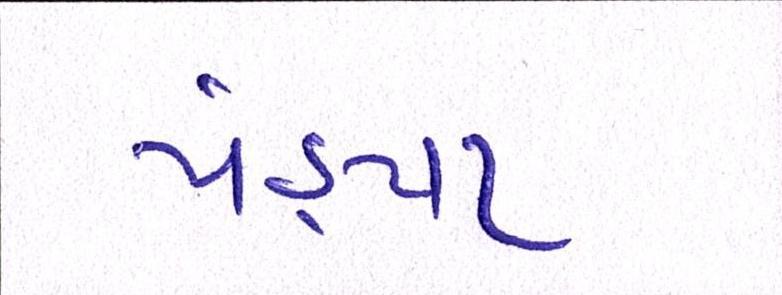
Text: પંડ્યા